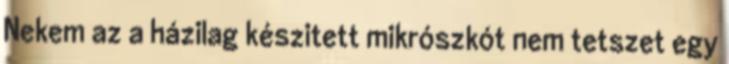
Nekem az a házilag készitett mikrószkót nem tetszet egy